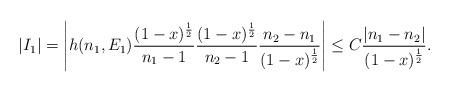
LaTeX: \begin{align*}|I_1|=\left|h(n_1,E_1)\frac{(1-x)^\frac{1}{2}}{n_1-1}\frac{(1-x)^\frac{1}{2}}{n_2-1}\frac{n_2-n_1}{(1-x)^\frac{1}{2}}\right|\le C\frac{|n_1-n_2|}{(1-x)^\frac{1}{2}}.\end{align*}